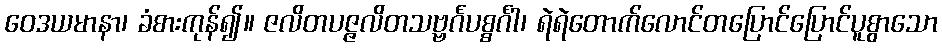
ဝေဒယမာနာ၊ ခံစားကုန်၍။ ဇလိတပဇ္ဇလိတသဗ္ဗင်္ဂပစ္စင်္ဂါ၊ ရဲရဲတောက်လောင်တပြောင်ပြောင်ပူစွာသော